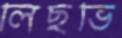
লিছভি